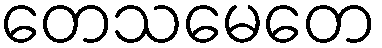
တေသမေတေ